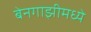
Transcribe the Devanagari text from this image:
बेनगाझीमध्ये